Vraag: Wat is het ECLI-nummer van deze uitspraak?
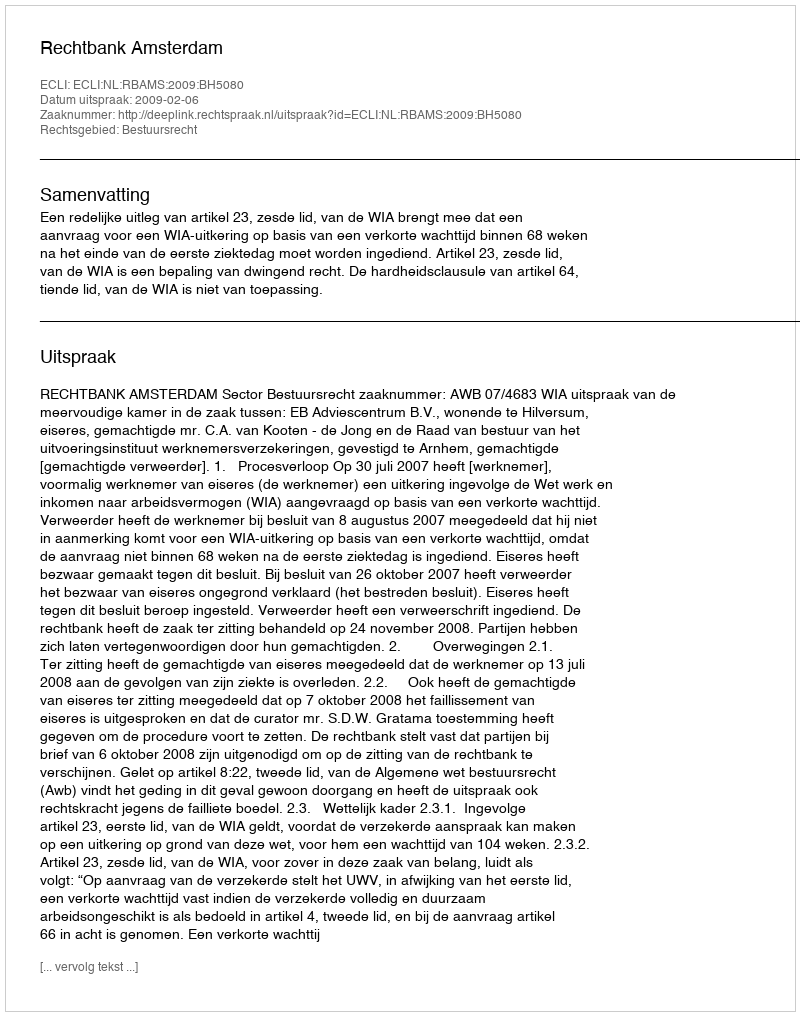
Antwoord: ECLI:NL:RBAMS:2009:BH5080